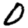
Digit: 0